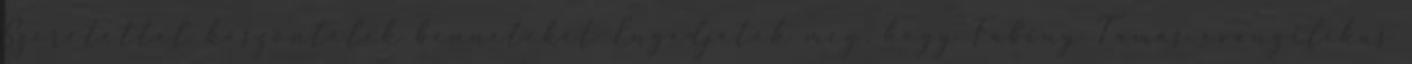
Szeretettel köszöntelek benneteket Engedjétek meg, hogy Fabiny Tamás evangélikus